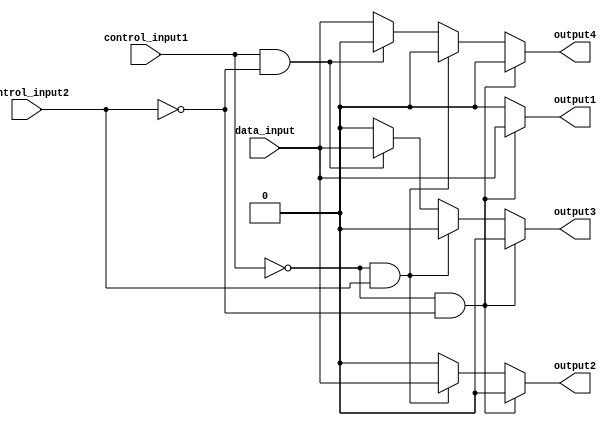
module demux_1to4 (
    input data_input,
    input control_input1,
    input control_input2,
    output reg output1,
    output reg output2,
    output reg output3,
    output reg output4
);

always @(*)
begin
    if (control_input1 == 0 && control_input2 == 0)
    begin
        output1 = data_input;
        output2 = 0;
        output3 = 0;
        output4 = 0;
    end
    else if (control_input1 == 0 && control_input2 == 1)
    begin
        output1 = 0;
        output2 = data_input;
        output3 = 0;
        output4 = 0;
    end
    else if (control_input1 == 1 && control_input2 == 0)
    begin
        output1 = 0;
        output2 = 0;
        output3 = data_input;
        output4 = 0;
    end
    else
    begin
        output1 = 0;
        output2 = 0;
        output3 = 0;
        output4 = data_input;
    end
end

endmodule